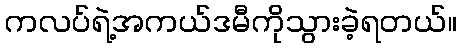
ကလပ်ရဲ့အကယ်ဒမီကိုသွားခဲ့ရတယ်။